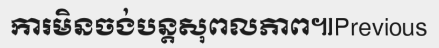
ការមិនចង់បន្តសុពលភាព៕Previous